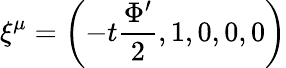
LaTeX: \xi^{\mu}=\left(-t\frac{\Phi^{\prime}}{2},1,0,0,0\right)